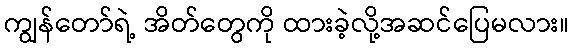
ကျွန်တော်ရဲ့ အိတ်တွေကို ထားခဲ့လို့အဆင်ပြေမလား။